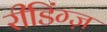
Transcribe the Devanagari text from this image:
रीडिंग्ज़